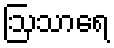
ဩသာရေ